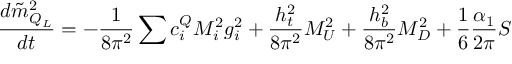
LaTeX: \frac { d \tilde { m } _ { Q _ { L } } ^ { 2 } } { d t } = - \frac 1 { 8 \pi ^ { 2 } } \sum c _ { i } ^ { Q } M _ { i } ^ { 2 } g _ { i } ^ { 2 } + \frac { h _ { t } ^ { 2 } } { 8 \pi ^ { 2 } } { \cal M } _ { U } ^ { 2 } + \frac { h _ { b } ^ { 2 } } { 8 \pi ^ { 2 } } { \cal M } _ { D } ^ { 2 } + \frac 1 6 \frac { \alpha _ { 1 } } { 2 \pi } S